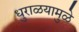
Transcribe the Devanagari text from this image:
धुराळयामुळे